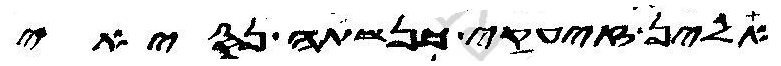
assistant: אלין זיעקי כנשתה נסיאי